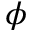
\phi